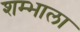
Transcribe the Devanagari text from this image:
शम्भाला